Indian journal of veterinary science and animal husbandry - Volumes 15-17, 1948-1951
Year: 1948
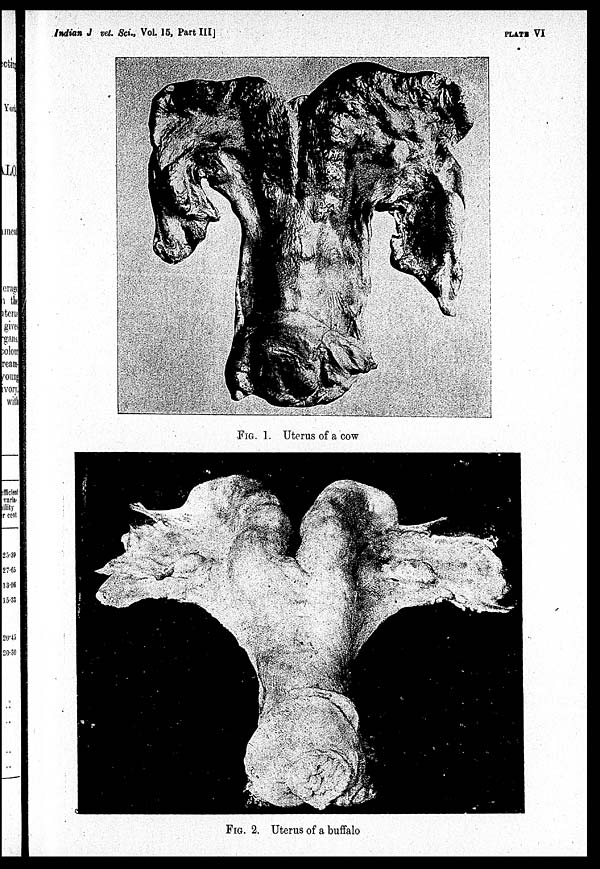
Indian J vet. Sci., Vol. 15, Part III
PLATE VI
FIG. 1. Uterus of a cow
FIG. 2. Uterus of a buffalo